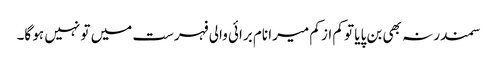
سمندر نہ بھی بن پایا تو کم از کم میرا نام برائی والی فہرست میں تو نہیں ہو گا۔